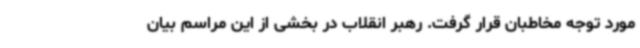
مورد توجه مخاطبان قرار گرفت. رهبر انقلاب در بخشی از این مراسم بیان